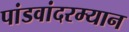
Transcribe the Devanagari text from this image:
पांडवांदरम्यान